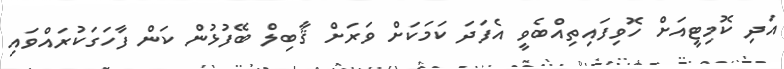
އަދި ކޮމިޓީއަށް ހޮވިފައިތިއްބެވީ އެފަދަ ކަމަކަށް ވަރަށް ޤާބިލް ބޭފުޅުން ކަން ފާހަގަކުރައްވައި